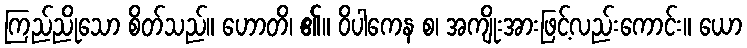
ကြည်ညိုသော စိတ်သည်။ ဟောတိ၊ ၏။ ဝိပါကေန စ၊ အကျိုးအားဖြင့်လည်းကောင်း။ ယော